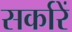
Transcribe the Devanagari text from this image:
सर्कारें